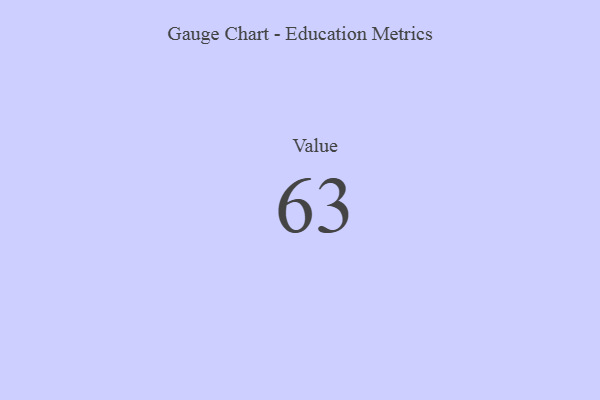
{"axis": {"x": "Metric", "y": "Value"}, "legend": [""], "data": [{"x": "Value", "y": 63, "type": ""}]}